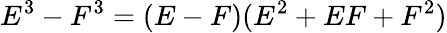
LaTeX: E^{3}-F^{3}=(E-F)(E^{2}+EF+F^{2})